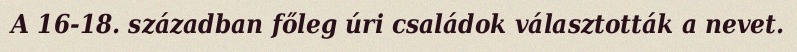
A 16-18. században főleg úri családok választották a nevet.